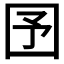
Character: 𡆹